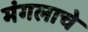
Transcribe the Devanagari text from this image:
मंगलाचे